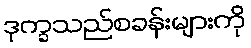
ဒုက္ခသည်စခန်းများကို